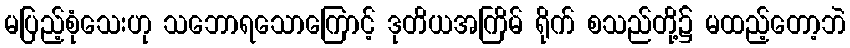
မပြည့်စုံသေးဟု သဘောရသောကြောင့် ဒုတိယအကြိမ် ရိုက် စသည်တို့၌ မထည့်တော့ဘဲ